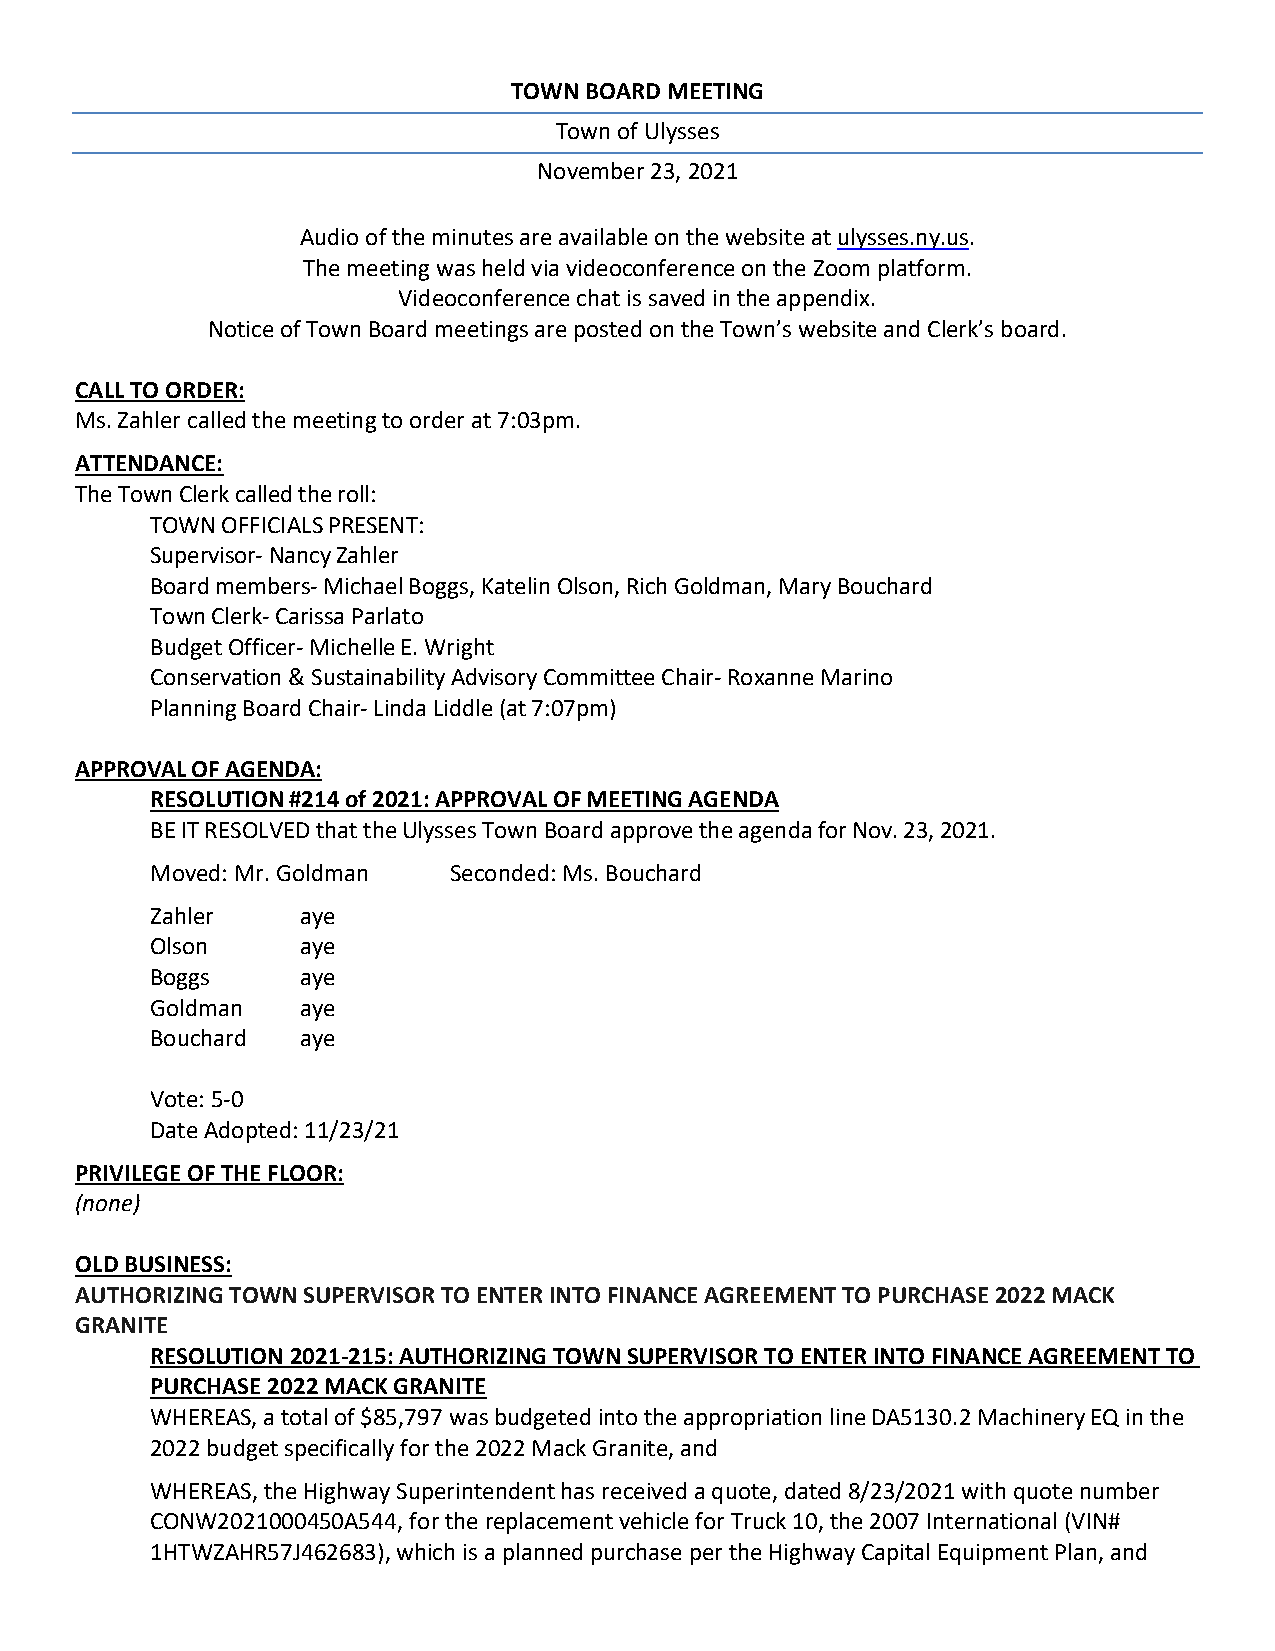
TOWN BOARD MEETING
 Town of Ulysses
 November 23, 2021
 Audio of the minutes are available on the website at ulysses.ny.us.
 The meeting was held via videoconference on the Zoom platform.
 Videoconference chat is saved in the appendix.
 Notice of Town Board meetings are posted on the Town’s website and Clerk’s board.
 CALL TO ORDER:
 Ms. Zahler called the meeting to order at 7:03pm.
 ATTENDANCE:
 The Town Clerk called the roll:
 TOWN OFFICIALS PRESENT:
 Supervisor- Nancy Zahler
 Board members- Michael Boggs, Katelin Olson, Rich Goldman, Mary Bouchard
 Town Clerk- Carissa Parlato
 Budget Officer- Michelle E. Wright
 Conservation & Sustainability Advisory Committee Chair- Roxanne Marino
 Planning Board Chair- Linda Liddle (at 7:07pm)
 APPROVAL OF AGENDA:
 RESOLUTION #214 of 2021: APPROVAL OF MEETING AGENDA
 BE IT RESOLVED that the Ulysses Town Board approve the agenda for Nov. 23, 2021.
 Moved: Mr. Goldman  Seconded: Ms. Bouchard
 Zahler    aye
 Olson     aye
 Boggs     aye
 Goldman   aye
 Bouchard  aye
 Vote: 5-0
 Date Adopted: 11/23/21
 PRIVILEGE OF THE FLOOR:
 (none)
 OLD BUSINESS:
 AUTHORIZING TOWN SUPERVISOR TO ENTER INTO FINANCE AGREEMENT TO PURCHASE 2022 MACK
 GRANITE
 RESOLUTION 2021-215: AUTHORIZING TOWN SUPERVISOR TO ENTER INTO FINANCE AGREEMENT TO
 PURCHASE 2022 MACK GRANITE
 WHEREAS, a total of $85,797 was budgeted into the appropriation line DA5130.2 Machinery EQ in the
 2022 budget specifically for the 2022 Mack Granite, and
 WHEREAS, the Highway Superintendent has received a quote, dated 8/23/2021 with quote number
 CONW2021000450A544, for the replacement vehicle for Truck 10, the 2007 International (VIN#
 1HTWZAHR57J462683), which is a planned purchase per the Highway Capital Equipment Plan, and